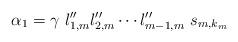
LaTeX: \begin{align*}\alpha_1 = \gamma \ l_{1, m}^{\prime\prime} l_{2, m}^{\prime\prime} \cdots l_{m-1, m}^{\prime\prime} \ s_{m, k_m}\end{align*}